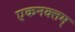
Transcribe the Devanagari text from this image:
एकनक्तम्